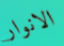
الانوار